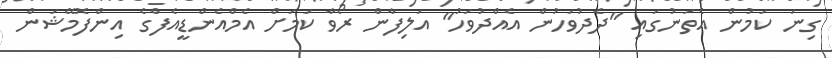
ގިނަ ކަމުން އެތަނުގައި "ދެދުވަހުން އެއްދުވަހު" އަލިފާން ރޯވާ ކަމަށް އެމްއެންޑީއެފްގެ އިންފޮމޭޝަން